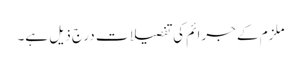
ملزم کے جرائم کی تفصیلات درج ذیل ہے۔